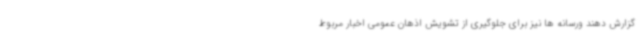
گزارش دهند ورسانه ها نیز برای جلوگیری از تشویش اذهان عمومی اخبار مربوط